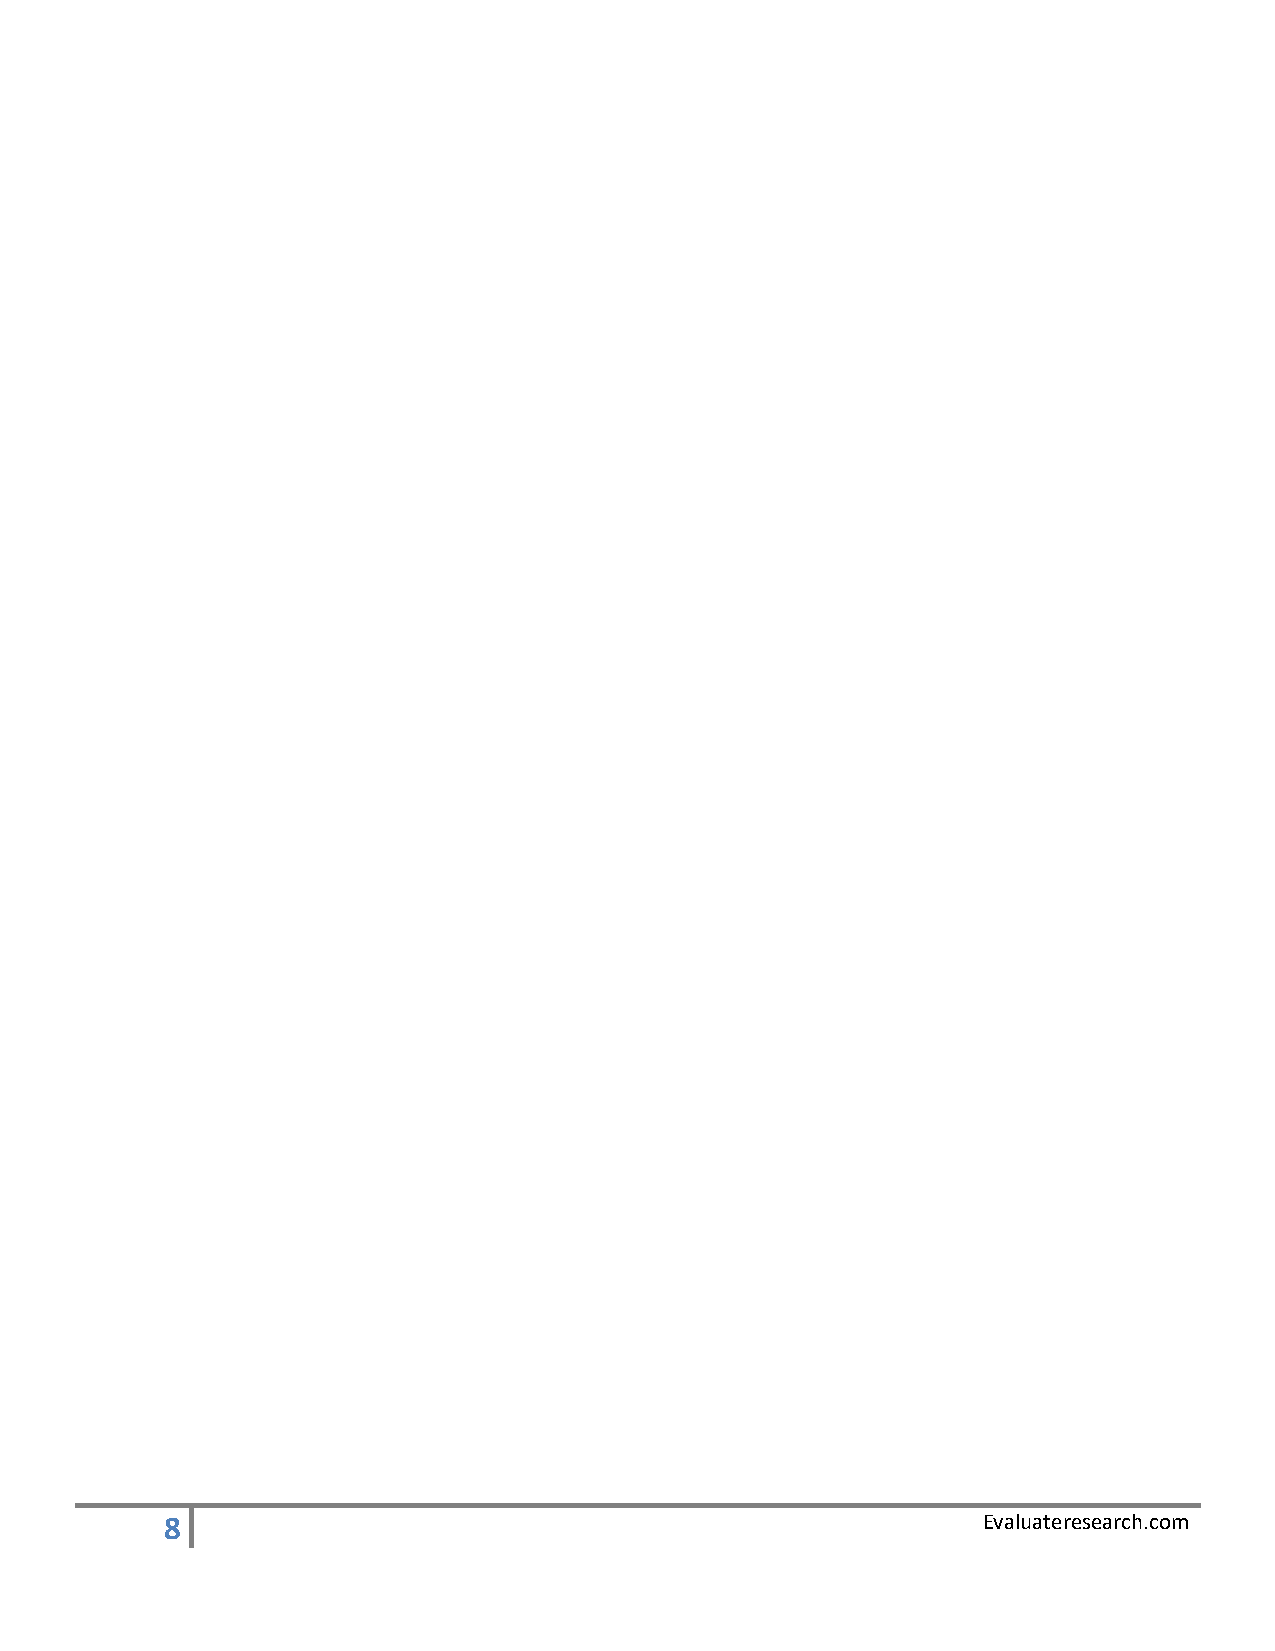
8                                                     Evaluateresearch.com